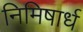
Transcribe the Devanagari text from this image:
निमिषार्ध